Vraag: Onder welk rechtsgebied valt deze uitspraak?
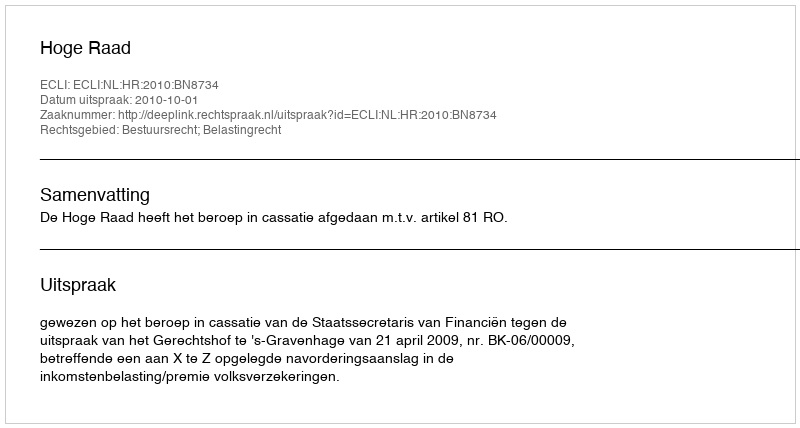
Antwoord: Bestuursrecht; Belastingrecht